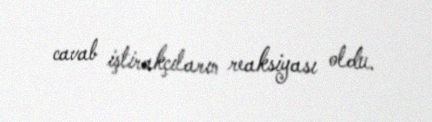
cavab iştirakçıların reaksiyası oldu.